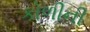
કોળીની